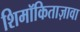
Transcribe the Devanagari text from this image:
शिमॉकिताज़ावा